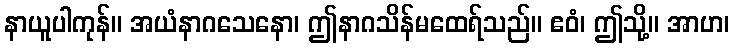
နာယူပါကုန်။ အယံနာဂသေနော၊ ဤနာဂသိန်မထေရ်သည်။ ဧဝံ၊ ဤသို့။ အာဟ၊